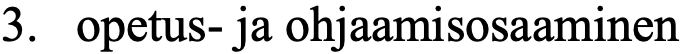
3. opetus- ja ohjaamisosaaminen